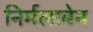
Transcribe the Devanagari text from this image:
निर्मलाबेन